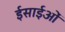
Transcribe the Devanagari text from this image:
ईसाईओं